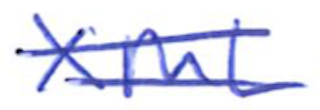
Text: XML
Cross-out: double-line
Writing tool: ballpoint